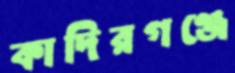
কাদিরগঞ্জে